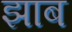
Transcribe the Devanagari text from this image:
झाब